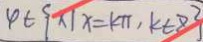
4 \in \{ x \vert x = k \pi , k \in z \}